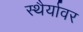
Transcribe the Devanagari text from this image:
स्थैर्यावर